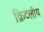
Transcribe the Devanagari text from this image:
क्रिटलीय